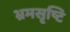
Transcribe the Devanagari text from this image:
भ्रमसृष्टि